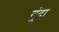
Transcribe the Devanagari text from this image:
गुंदा